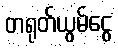
တရုတ်ယွမ်ငွေ